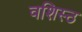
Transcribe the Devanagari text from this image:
वशिस्ठ